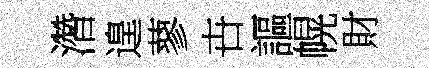
濳遑蓼卋謳幌財